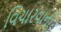
વિચારવાનો